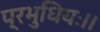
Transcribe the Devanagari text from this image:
प्रभुधियः।।